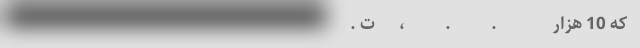
‌  که 10 هزار       ‌       .          .          ،      ت .